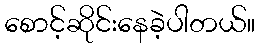
စောင့်ဆိုင်းနေခဲ့ပါတယ်။